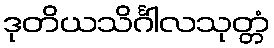
ဒုတိယသိင်္ဂါလသုတ္တံ